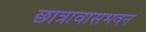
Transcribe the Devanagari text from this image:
छात्रावासभवन